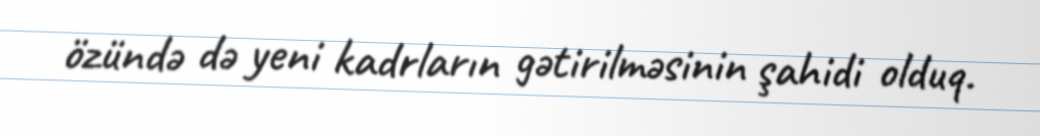
özündə də yeni kadrların gətirilməsinin şahidi olduq.